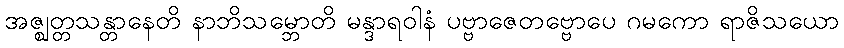
အဇ္ဈတ္တသန္တာနေတိ နာဘိသမ္ဘောတိ မန္ဒာရဝါနံ ပဗ္ဗာဇေတဗ္ဗောပေ ဂမကော ရာဇိသယော